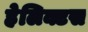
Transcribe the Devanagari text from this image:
हेलिक्टस